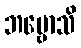
ဘဗ္ဗောသိ